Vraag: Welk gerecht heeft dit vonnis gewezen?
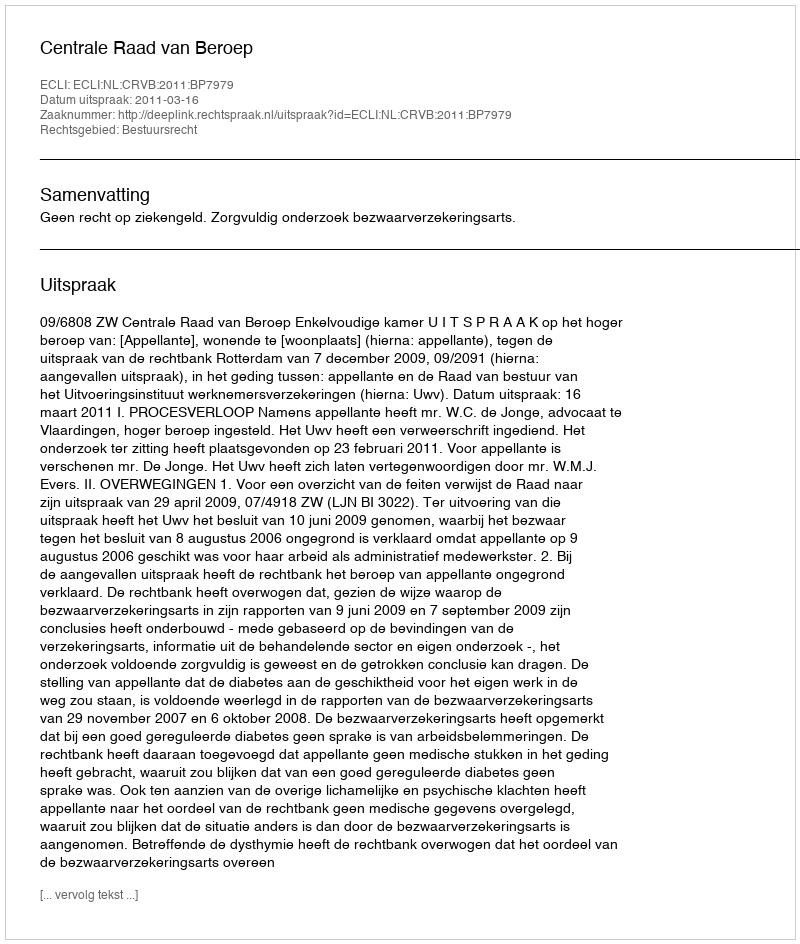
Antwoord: Centrale Raad van Beroep